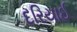
દરિયાઈ